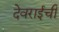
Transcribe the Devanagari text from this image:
देवराईची